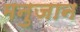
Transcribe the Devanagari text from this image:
मनुजान